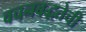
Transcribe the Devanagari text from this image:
वचनबद्धतेची